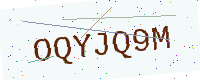
Text: OQYJQ9M